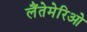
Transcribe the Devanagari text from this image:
लैंतेमेरिओ